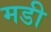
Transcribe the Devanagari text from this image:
मडी